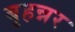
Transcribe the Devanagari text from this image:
बृहन्नर